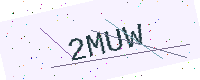
Text: 2MUW